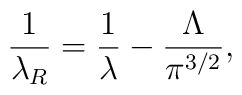
\frac{1}{\lambda_R}=\frac{1}{\lambda}-\frac{\Lambda}{\pi^{3/2}},